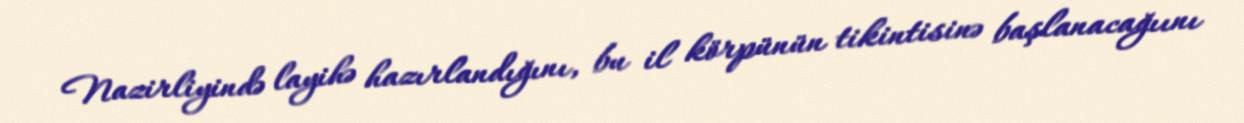
Nazirliyində layihə hazırlandığını, bu il körpünün tikintisinə başlanacağıını